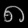
Digit: ၈